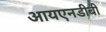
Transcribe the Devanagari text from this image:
आयएनडीबी